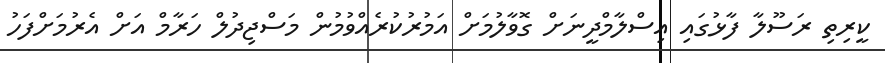
ކީރިތި ރަސޫލާ ފާޅުގައި އިސްލާމްދީނަށް ގޮވާލުމަށް އަމުރުކުރެއްވުމުން މަސްޖިދުލް ހަރާމް އަށް އެރުމަށްފަހު